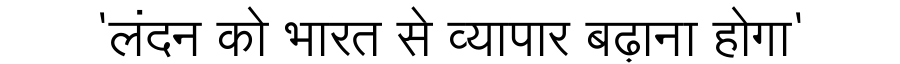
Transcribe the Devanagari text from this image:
'लंदन को भारत से व्यापार बढ़ाना होगा'